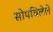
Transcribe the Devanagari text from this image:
सोपविलेले